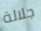
جلالة